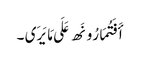
أَفَتُمَارُونَھ عَلَی مَا یَرَی ۔